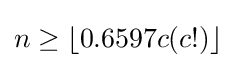
n\geq \lfloor 0.6597c(c!)\rfloor